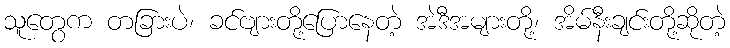
သူတွေက တခြားပဲ၊ ခင်ဗျားတို့ပြောနေတဲ့ အဲဒီအများတို့၊ အိမ်နီးချင်းတို့ဆိုတဲ့